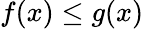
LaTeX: f(x)\leq g(x)